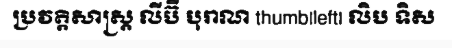
ប្រវត្តិសាស្ត្រ លីប៊ី បុរាណ thumb|left| លិប ទិស